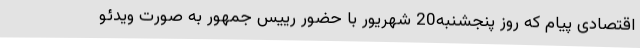
اقتصادی پیام که روز پنجشنبه20 شهریور با حضور رییس جمهور به صورت ویدئو